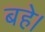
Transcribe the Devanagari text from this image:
बहे।